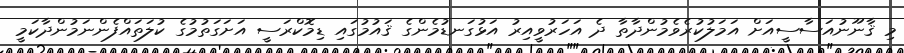
މި ޤާނޫނުއަސާސީއަށް އަމަލުކުރެވެމުންދާތާ ދެ އަހަރުވީއިރު އަޅުގަނޑުމެންގެ ޤައުމުގައި ޑިމޮކްރަސީ އަށަގަތުމުގެ ކުލަތައްފެންނަމުންދާކަމީ